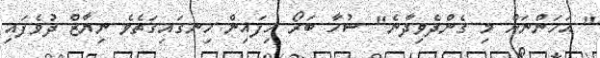
" އަހަންނަށް މި ގެންދެވިދާނެ" ޝުހާ ބަރޯ ހިފައިން ހިނގައިގަތެވެ ނިޔާޒް ދުވެފައި